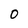
Character: 0